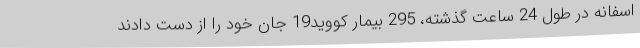
اسفانه در طول 24 ساعت گذشته، 295 بیمار کووید19 جان خود را از دست دادند